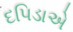
દપિડાએ